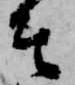
そ